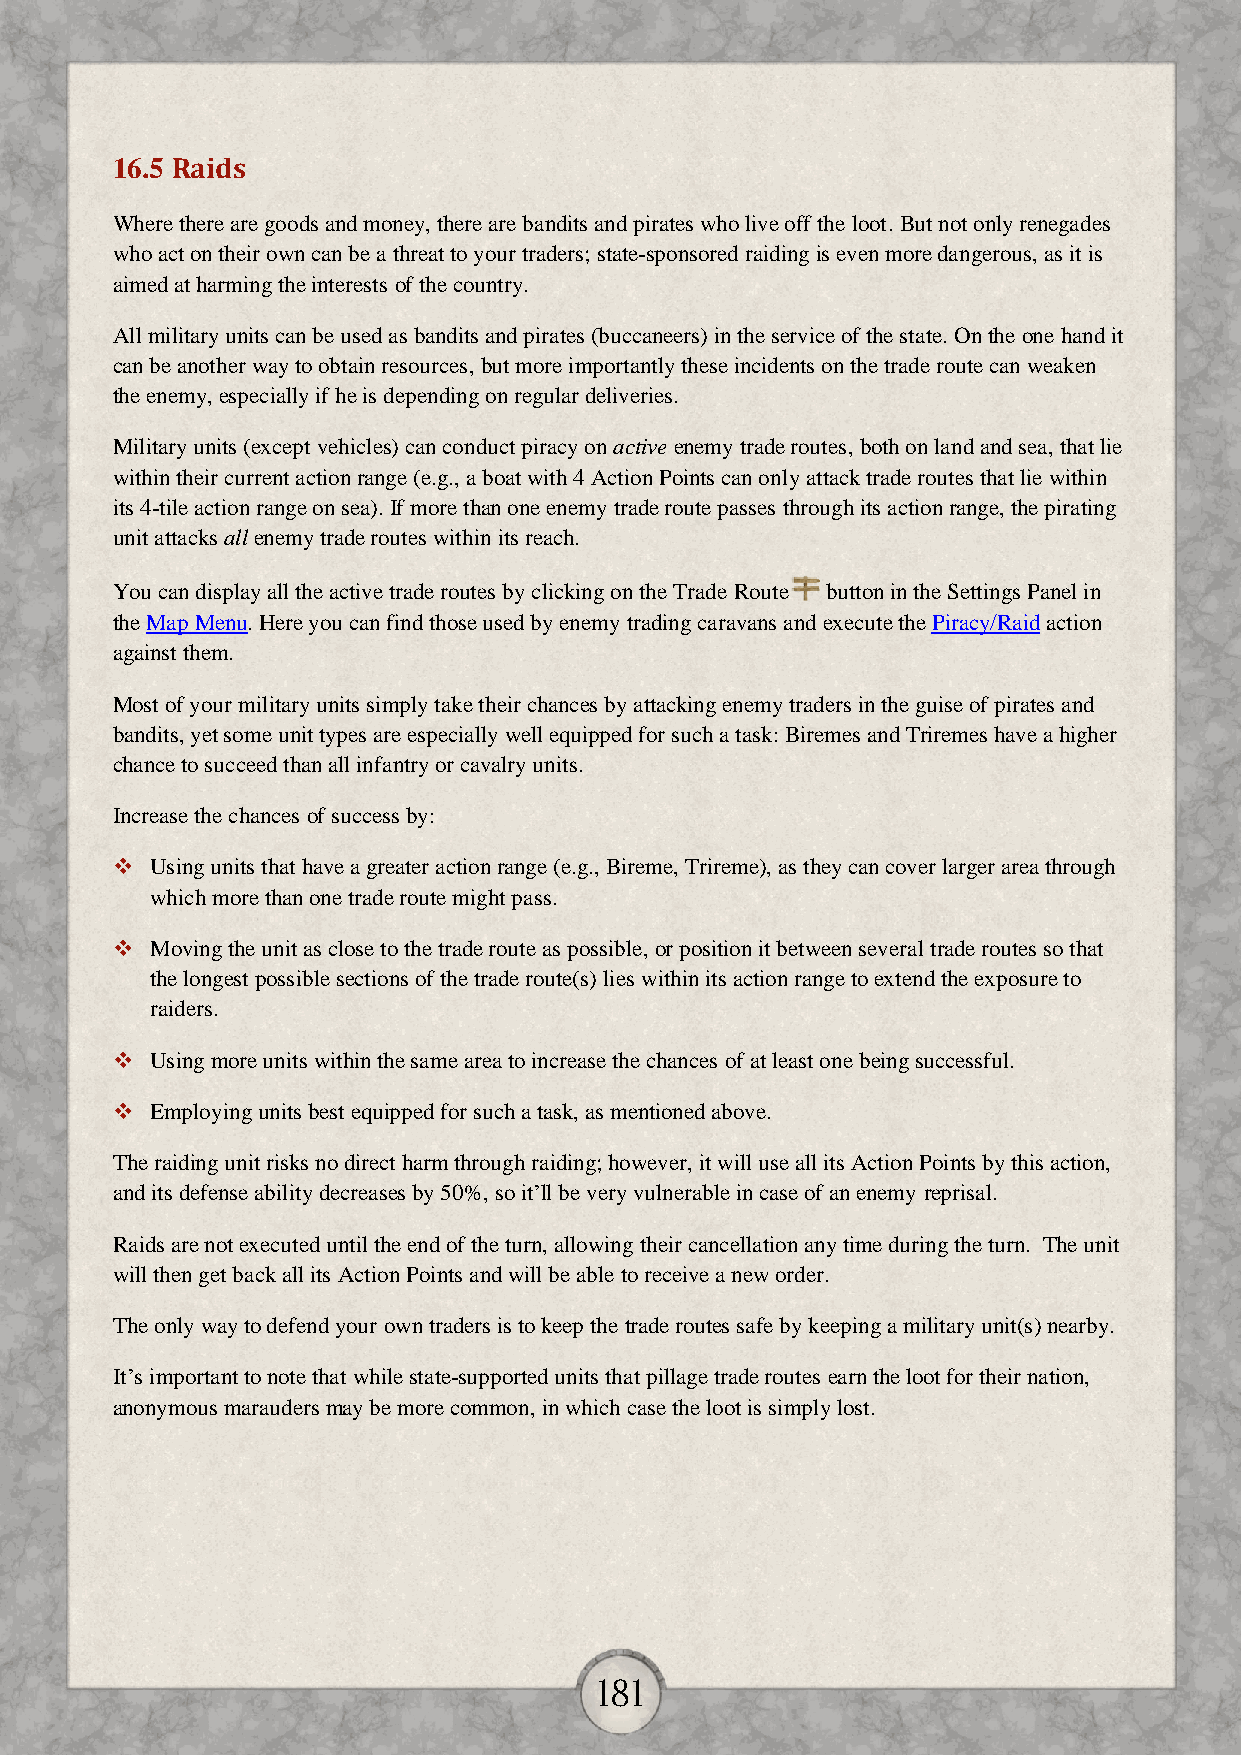
16.5 Raids
 Where there are goods and money, there are bandits and pirates who live off the loot. But not only renegades
 who act on their own can be a threat to your traders; state-sponsored raiding is even more dangerous, as it is
 aimed at harming the interests of the country.
 All military units can be used as bandits and pirates (buccaneers) in the service of the state. On the one hand it
 can be another way to obtain resources, but more importantly these incidents on the trade route can weaken
 the enemy, especially if he is depending on regular deliveries.
 Military units (except vehicles) can conduct piracy on active enemy trade routes, both on land and sea, that lie
 within their current action range (e.g., a boat with 4 Action Points can only attack trade routes that lie within
 its 4-tile action range on sea). If more than one enemy trade route passes through its action range, the pirating
 unit attacks all enemy trade routes within its reach.
 You can display all the active trade routes by clicking on the Trade Route button in the Settings Panel in
 the Map Menu. Here you can find those used by enemy trading caravans and execute the Piracy/Raid action
 against them.
 Most of your military units simply take their chances by attacking enemy traders in the guise of pirates and
 bandits, yet some unit types are especially well equipped for such a task: Biremes and Triremes have a higher
 chance to succeed than all infantry or cavalry units.
 Increase the chances of success by:
   Using units that have a greater action range (e.g., Bireme, Trireme), as they can cover larger area through
 which more than one trade route might pass.
   Moving the unit as close to the trade route as possible, or position it between several trade routes so that
 the longest possible sections of the trade route(s) lies within its action range to extend the exposure to
 raiders.
   Using more units within the same area to increase the chances of at least one being successful.
   Employing units best equipped for such a task, as mentioned above.
 The raiding unit risks no direct harm through raiding; however, it will use all its Action Points by this action,
 and its defense ability decreases by 50%, so it’ll be very vulnerable in case of an enemy reprisal.
 Raids are not executed until the end of the turn, allowing their cancellation any time during the turn. The unit
 will then get back all its Action Points and will be able to receive a new order.
 The only way to defend your own traders is to keep the trade routes safe by keeping a military unit(s) nearby.
 It’s important to note that while state-supported units that pillage trade routes earn the loot for their nation,
 anonymous marauders may be more common, in which case the loot is simply lost.
 181